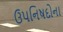
ઉપનિષદોના